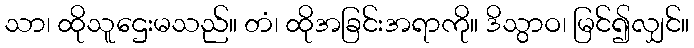
သာ၊ ထိုသူဌေးမသည်။ တံ၊ ထိုအခြင်းအရာကို။ ဒိသွာဝ၊ မြင်၍လျှင်။